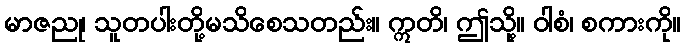
မာဇညု၊ သူတပါးတို့မသိစေသတည်း။ ဣတိ၊ ဤသို့။ ဝါစံ၊ စကားကို။